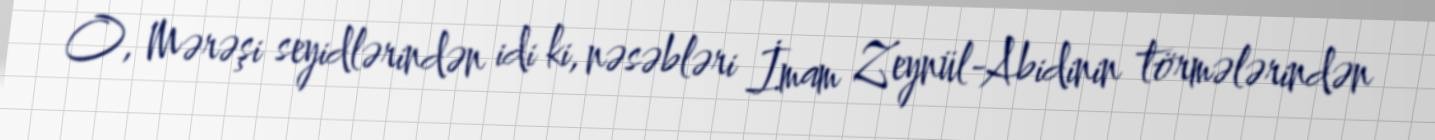
O, Mərəşi seyidlərindən idi ki, nəsəbləri İmam Zeynül-Abidinin törmələrindən